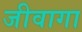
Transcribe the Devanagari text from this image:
जीवागा